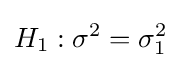
H_{1}:\sigma ^{2}=\sigma _{1}^{2}